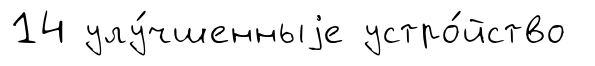
14 улу́чшенныjе устро́йство